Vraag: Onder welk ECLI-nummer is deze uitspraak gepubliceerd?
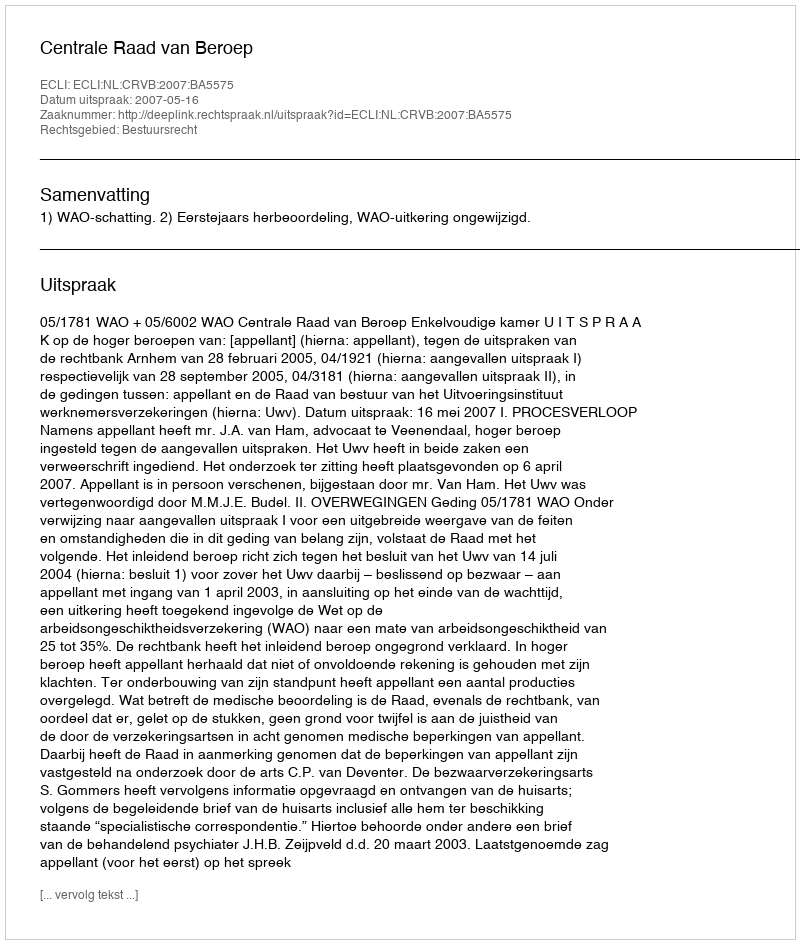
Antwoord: ECLI:NL:CRVB:2007:BA5575